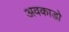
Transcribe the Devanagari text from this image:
अवकाडाे